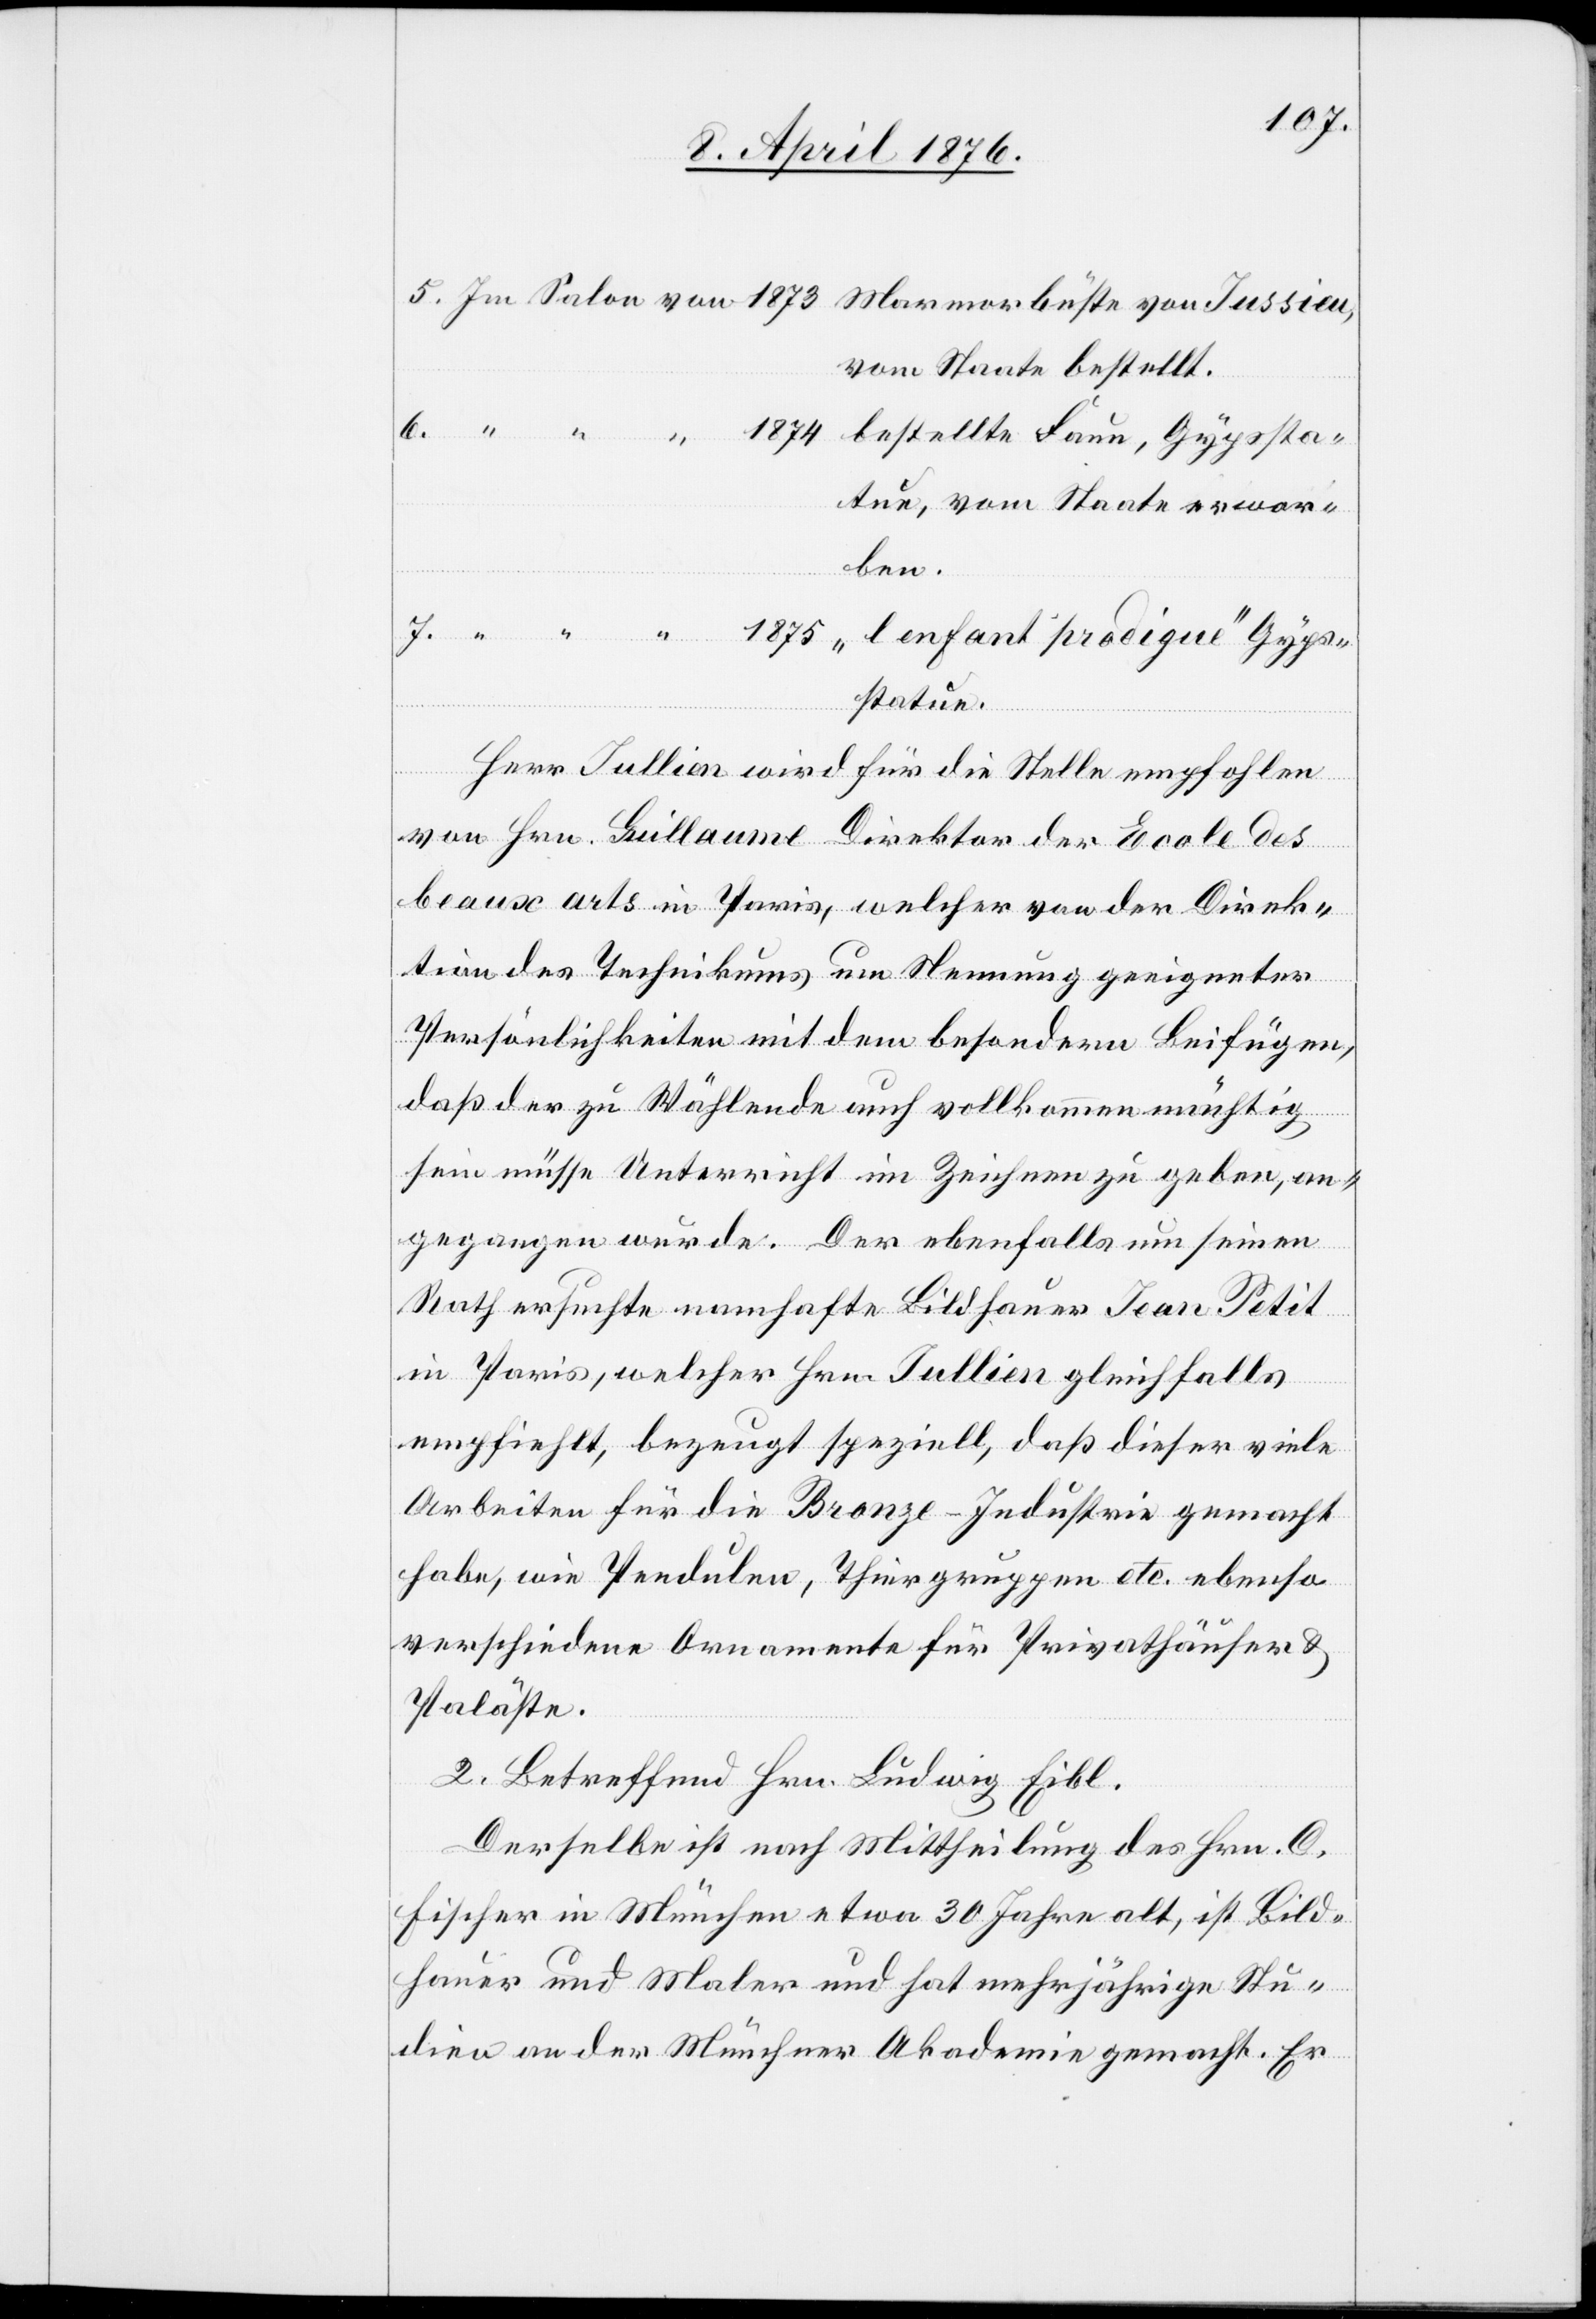
1875
vom Staate bestellt.
tue, vom Staate erwor¬
ben.
bestellte
statue.
Gyps¬
fant
Herr Jullien wird für die Stelle empfohlen
von Hrn. Buillaume Direktor der Ecole des
beaux arts in Paris, welcher von der Direk¬
tion des Technikums um Nennung geeigneter
Persönlichkeiten mit dem besondern Beifügen,
daß der zu Wählende auch vollkommen mächtig
sein müsse Unterricht im Zeichnen zu geben, an¬
gegangen wurde. Der ebenfalls um seinen
Rath ersuchte namhafte Bildhauer Jean Petit
in Paris, welcher Herr Jullien gleichfalls
empfiehlt, bezeugt speziell, daß dieser viele
Arbeiten für die Bonze-Industrie gemacht
habe, wie Pendulen, Thiergruppen etc. ebenso
verschiedene Ornamente für Privathäuser &
Paläste.
2. Betreffend Hrn. Ludwig Eibl.
Derselbe ist nach Mittheilung des Hrn. O.
Fischer in München etwa 30 Jahre alt, ist Bild¬
hauer und Maler und hat mehrjährige Stu¬
dien an der Münchner Akademie gemacht. Er